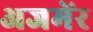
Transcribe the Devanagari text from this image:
अजमेंर